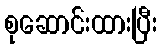
စုဆောင်းထားပြီး